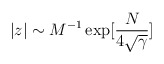
\begin{align*}|z| \sim M^{-1}\exp[\frac{N}{4\sqrt\gamma}]\end{align*}